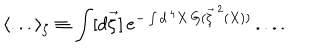
LaTeX: \langle . . . \rangle _ { \zeta } \equiv \int [ d \vec { \zeta } ] \, e ^ { - \int d ^ { \, 4 } X \, G ( \vec { \zeta } ^ { \, 2 } ( X ) ) } \, . . . .